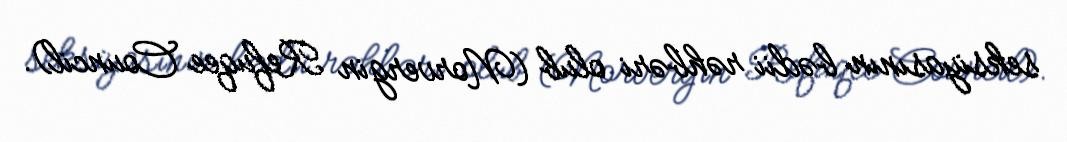
seksiyasının bədii rəhbəri olub (Norvergin Refuqee Council).